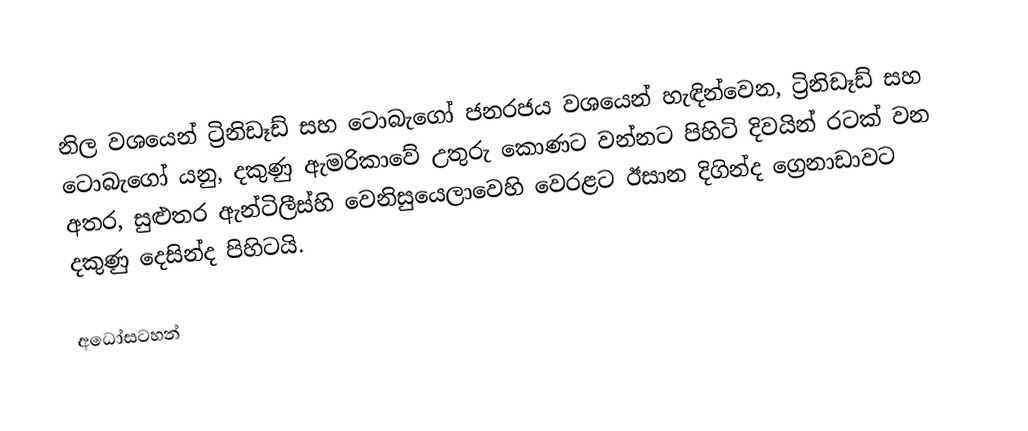
නිල වශයෙන් ට්‍රිනිඩෑඩ් සහ ටොබැගෝ ජනරජය වශයෙන් හැඳින්වෙන, ට්‍රිනිඩෑඩ් සහ ටොබැගෝ යනු, දකුණු ඇමරිකාවේ උතුරු කොණට වන්නට පිහිටි දිවයින් රටක් වන අතර, සුළුතර ඇන්ටිලීස්හි වෙනිසුයෙලාවෙහි වෙරළට ඊසාන දිගින්ද ග්‍රෙනාඩාවට දකුණු දෙසින්ද පිහිටයි.

අධෝසටහන්